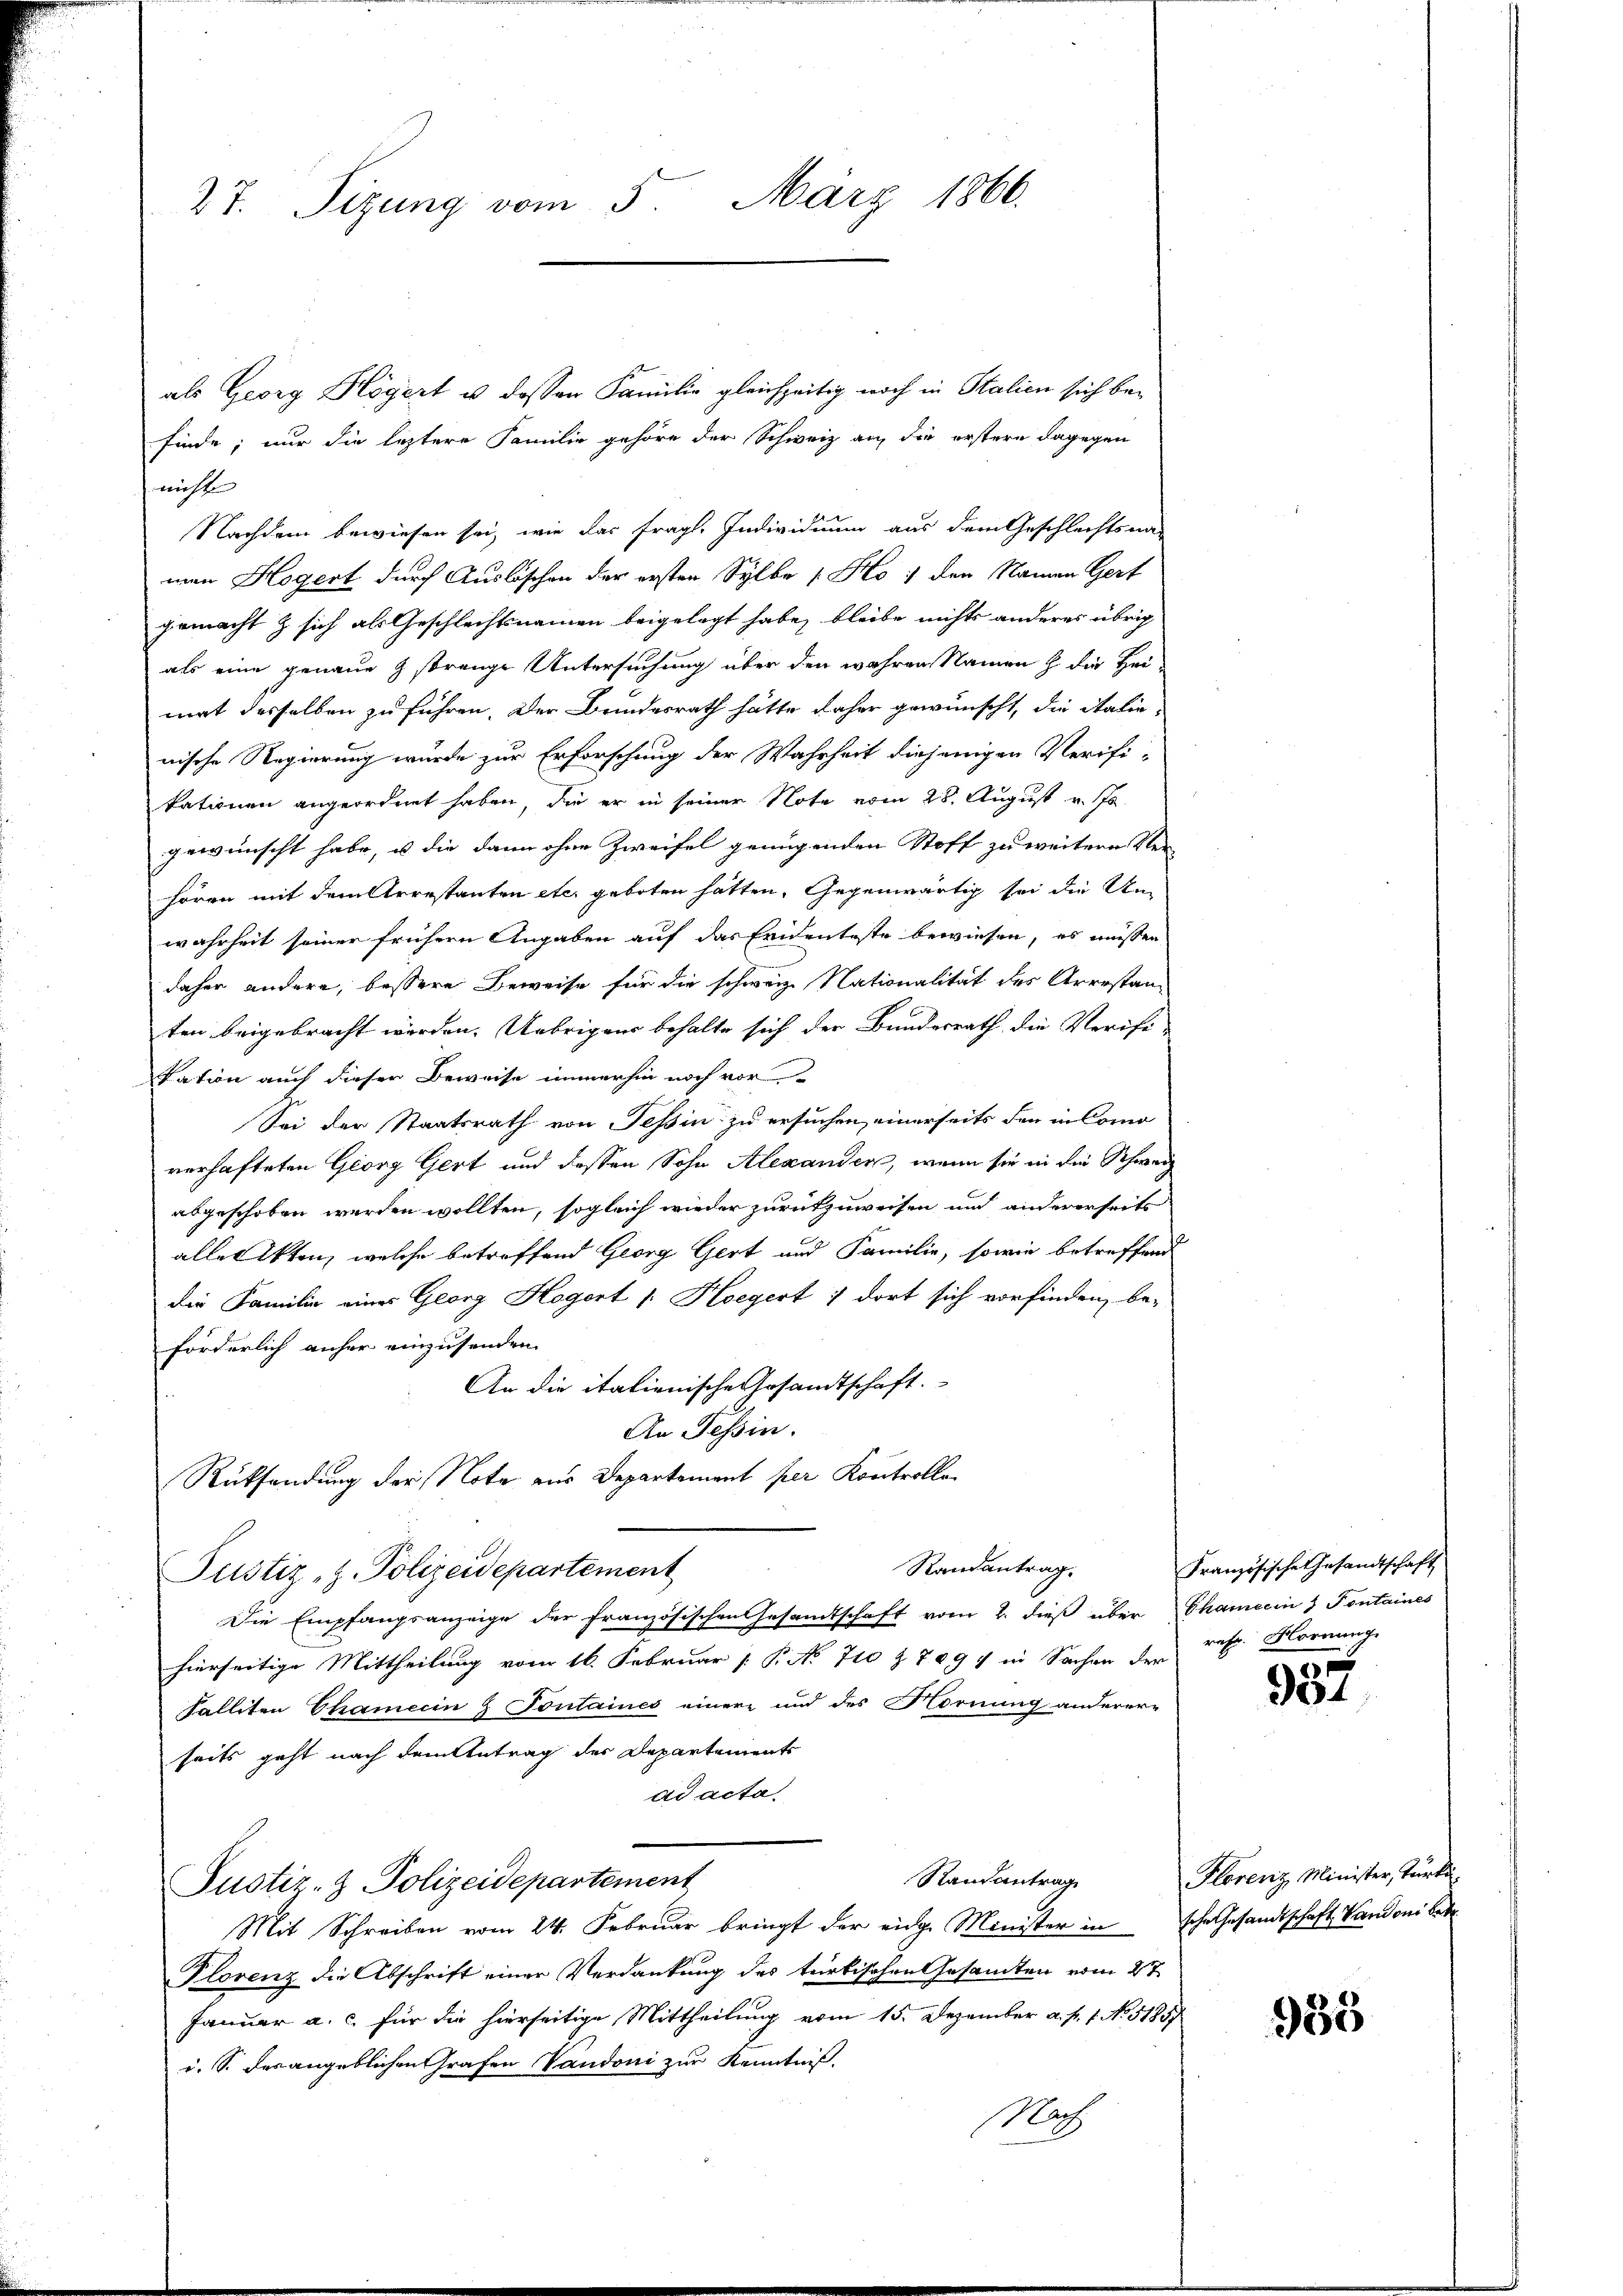
27. Sizung vom 5. März 1866.

als Georg Högert u. dessen Familie gleichzeitig noch in Stalien sich befinde; nur die leztere Familie gehöre der Schweiz auf die erstere dagegen
nichte
Nachdem bewiesen sei, wie das fragl. Individuum aus dem Geschlechtsna-
man Hegert durch Auslöschen der ersten Sylbe [Ko :/ den Namen Gert
gemacht & sich als Geschlechtsnamen beigelegt habe, bleibe nichts anderes übrig
als eine genaue Z strenge Untersuchung über den wahren Namen h. die Heimat desselben zu führen. Der Bundesrath hätte daher gewünscht, die italie-
nische Regierung wurde zur Erforschung der Wahrheit diejenigen Verifi-
kationen angeordnet haben, die er in seiner Note vom 28. August v. Js.
gewünscht habe, u die dann ohne Zweifel genügenden Stoff zu weitern Ver-
hören mit dem Arrestanten etc. geboten hätten, Gegenwärtig sei die Unwahrheit seiner frühern Angaben auf das Evidenteste bewiesen, es müssen
daher andere, bessere Beweise für die schweiz. Nationalität des Arrestanten beigebracht werden. Uebrigens behalte sich der Bundesrath die Verifi-
tation auch dieser Beweise immerhin noch vor
Sei der Staatsrath von Tessin zu ersuchen, einerseits den in Como
verhafteten Georg Gert und dessen Sohn Alexander, wenn sie in die Schwerz
abgeschoben werden wollten, sogleich wieder zurückzuweisen und andererseits
alle Akten, welche betreffend Georg Gert und Familie, sowie betreffend
die Familie eines Georg Hegert 1. Hoegert : dort sich vorfinden, be-
förderlich anher einzusenden.
An die italienische Gesandtschaft.
An Tessin.
Rücksendung der Note aus Departement per Kontrolle
Randantrag.
Justiz-Z. Polizeidepartement
Die Empfangsanzeige der französischen Gesandtschaft vom 2. dieß über Chamerin & Fontaines
hierseitige Mittheilung vom 16. Februar [ P. No 710 Z. 7894 in Sachen der
Falliten Chamecin - Fontaines einere und des Hornung anderere
seits geht nach dem Antrag der Departements
ad acta
Randantrag
Justiz- & Polizeidepartement
Mit Schreiben vom 24. Februar bringt der eidg. Minister in sche Gesandtschaft Vandoni be
Plovenz die Abschrift einer Verdankung des türkischen Gesamten vom 27.
Januar a. c. für die hierseitige Mittheilung vom 15. Dezember a. p. 1. No. 51857
i. S. des angeblichen Grafen Vaudoni zur Kenntniß.
Nach

Französische Gesandtschaft
reft. Hornung

1
901.

Florenz Minister, Turku

933